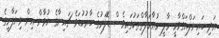
އަދި ބައިނަލްއަގްވާމީ މާލީ މުޢާމަލާތްތަކުގައިވެސް ޑޮލަރުގެ ބާރުކުޑަވެ ޗައިނާގެ ޔުވާން އިން ވިޔަފާރީގެ